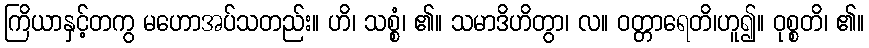
ကြိယာနှင့်တကွ မဟောအပ်သတည်း။ ဟိ၊ သစ္စံ၊ ၏။ သမာဒိဟိတွာ၊ လ။ ဝတ္တာရေတိ၊ဟူ၍။ ဝုစ္စတိ၊ ၏။